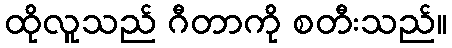
ထိုလူသည် ဂီတာကို စတီးသည်။